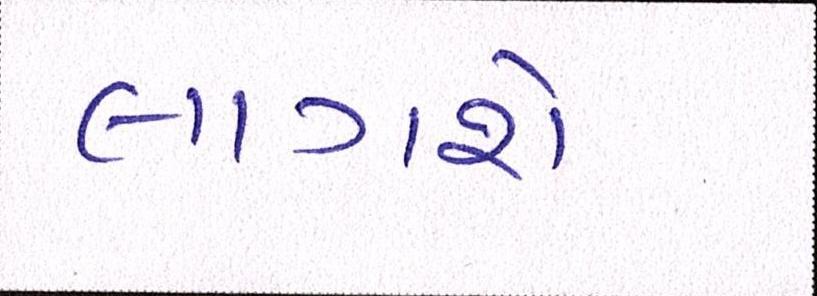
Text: લાગશે